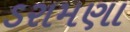
ડરામણા